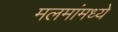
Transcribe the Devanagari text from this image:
मलमांमध्ये